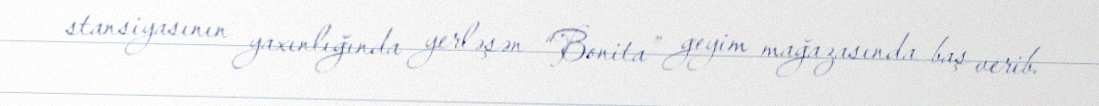
stansiyasının yaxınlığında yerləşən “Bonita” geyim mağazasında baş verib.